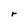
Character: r